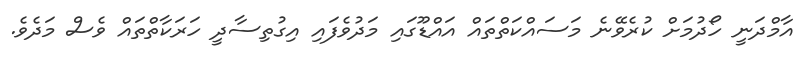
އާމްދަނީ ހޯދުމަށް ކުރެވޭނެ މަސައްކަތްތައް އައްޑޫގައި މަދުވެފައި އިގުތިސާދީ ހަރަކާތްތައް ވެސް މަދެވެ.